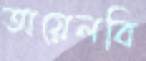
অয়েলবি